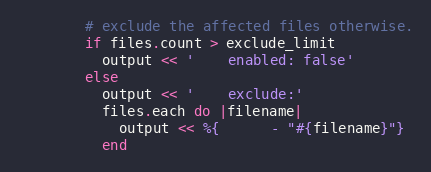
Language: Ruby
        # exclude the affected files otherwise.
        if files.count > exclude_limit
          output << '    enabled: false'
        else
          output << '    exclude:'
          files.each do |filename|
            output << %{      - "#{filename}"}
          end